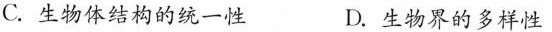
C.生物体结构的统一性 D.生物界的多样性